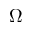
\Omega